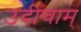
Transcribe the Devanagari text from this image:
उदीचाम्